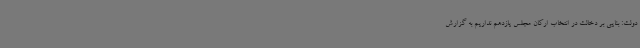
دولت: بنایی بر دخالت در انتخاب ارکان مجلس یازدهم نداریم به گزارش